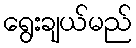
ရွေးချယ်မည်